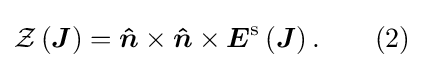
{\mathcal {Z}}\left({\boldsymbol {J}}\right)={\boldsymbol {\hat {n}}}\times {\boldsymbol {\hat {n}}}\times {\boldsymbol {E}}^{\mathrm {s} }\left({\boldsymbol {J}}\right).\qquad \mathrm {(2)}